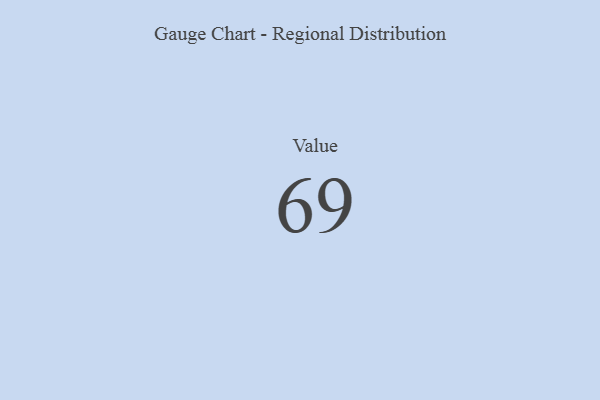
{"axis": {"x": "Metric", "y": "Value"}, "legend": [""], "data": [{"x": "Value", "y": 69, "type": ""}]}